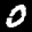
Label: 0